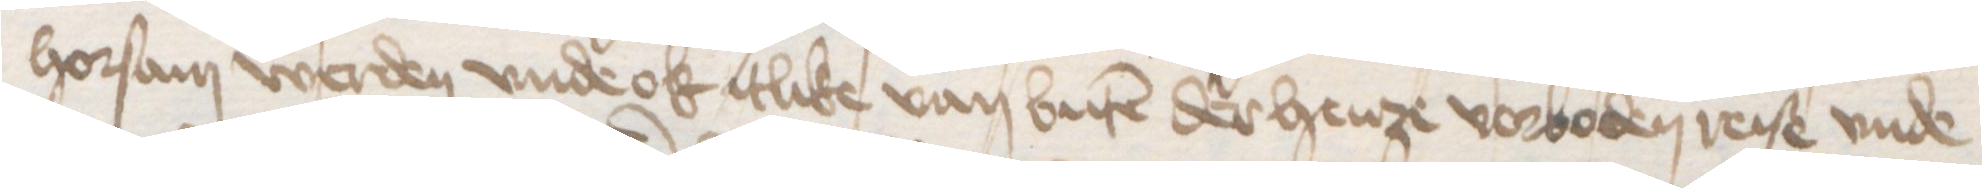
horsam werden vnde ok itlike van buten der henze vorboden reise vnde